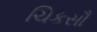
ચિકસૌ